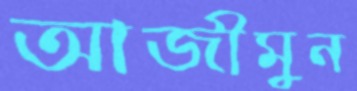
আজীমুন